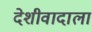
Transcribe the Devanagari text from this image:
देशीवादाला